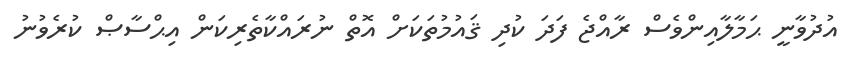
އުދުވާނީ ޙަމާލާއިންވެސް ރާއްޖެ ފަދަ ކުދި ޤައުމުތަކަށް އޮތް ނުރައްކާތެރިކަން އިޙްސާޞް ކުރެވުނު